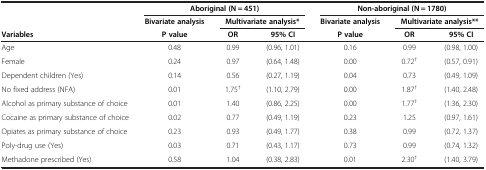
| <ROWSPAN=2>  | <COLSPAN=3> Aboriginal (N = 451) | <COLSPAN=3> Non-aboriginal (N = 1780) |
 | Bivariate analysis | <COLSPAN=2> Multivariate analysis* | Bivariate analysis | <COLSPAN=2> Multivariate analysis** |
 | Variables | P value | OR | 95% CI | P value | OR | 95% CI |
 | --- | --- | --- | --- | --- | --- | --- |
 | Age | 0.48 | 0.99 | (0.96, 1.01) | 0.16 | 0.99 | (0.98, 1.00) |
 | Female | 0.24 | 0.97 | (0.64, 1.48) | 0.00 | 0.72† | (0.57, 0.91) |
 | Dependent children (Yes) | 0.14 | 0.56 | (0.27, 1.19) | 0.04 | 0.73 | (0.49, 1.09) |
 | No fixed address (NFA) | 0.01 | 1.75† | (1.10, 2.79) | 0.00 | 1.87† | (1.40, 2.48) |
 | Alcohol as primary substance of choice | 0.01 | 1.40 | (0.86, 2.25) | 0.00 | 1.77† | (1.36, 2.30) |
 | Cocaine as primary substance of choice | 0.02 | 0.77 | (0.49, 1.19) | 0.23 | 1.25 | (0.97, 1.61) |
 | Opiates as primary substance of choice | 0.23 | 0.93 | (0.49, 1.77) | 0.38 | 0.99 | (0.72, 1.37) |
 | Poly-drug use (Yes) | 0.03 | 0.71 | (0.43, 1.17) | 0.73 | 0.99 | (0.74, 1.32) |
 | Methadone prescribed (Yes) | 0.58 | 1.04 | (0.38, 2.83) | 0.01 | 2.30† | (1.40, 3.79) |